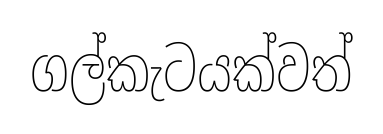
ගල්කැටයක්වත්